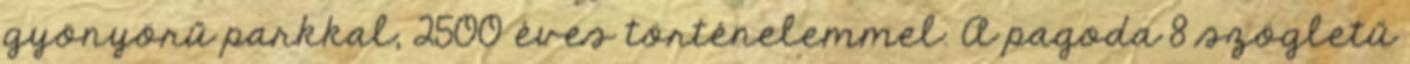
gyönyörű parkkal, 2500 éves történelemmel. A pagoda 8 szögletű